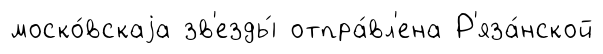
моско́вскаjа зв'езды́ отпра́вл'ена Р'яза́нской